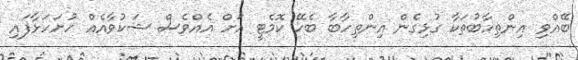
ބޭއްވި އިންތިހާބުތަކާ ގުޅިގެން އިންތިހާބާ ބެހޭ ކޮމެޓީ އަށް އެއްވެސް ޝަކުވާއެއް ހުށަހަޅާފައި